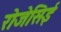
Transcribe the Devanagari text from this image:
रोजेसिई